Vabadussoja_Ajaloo_Komitee, lk 50
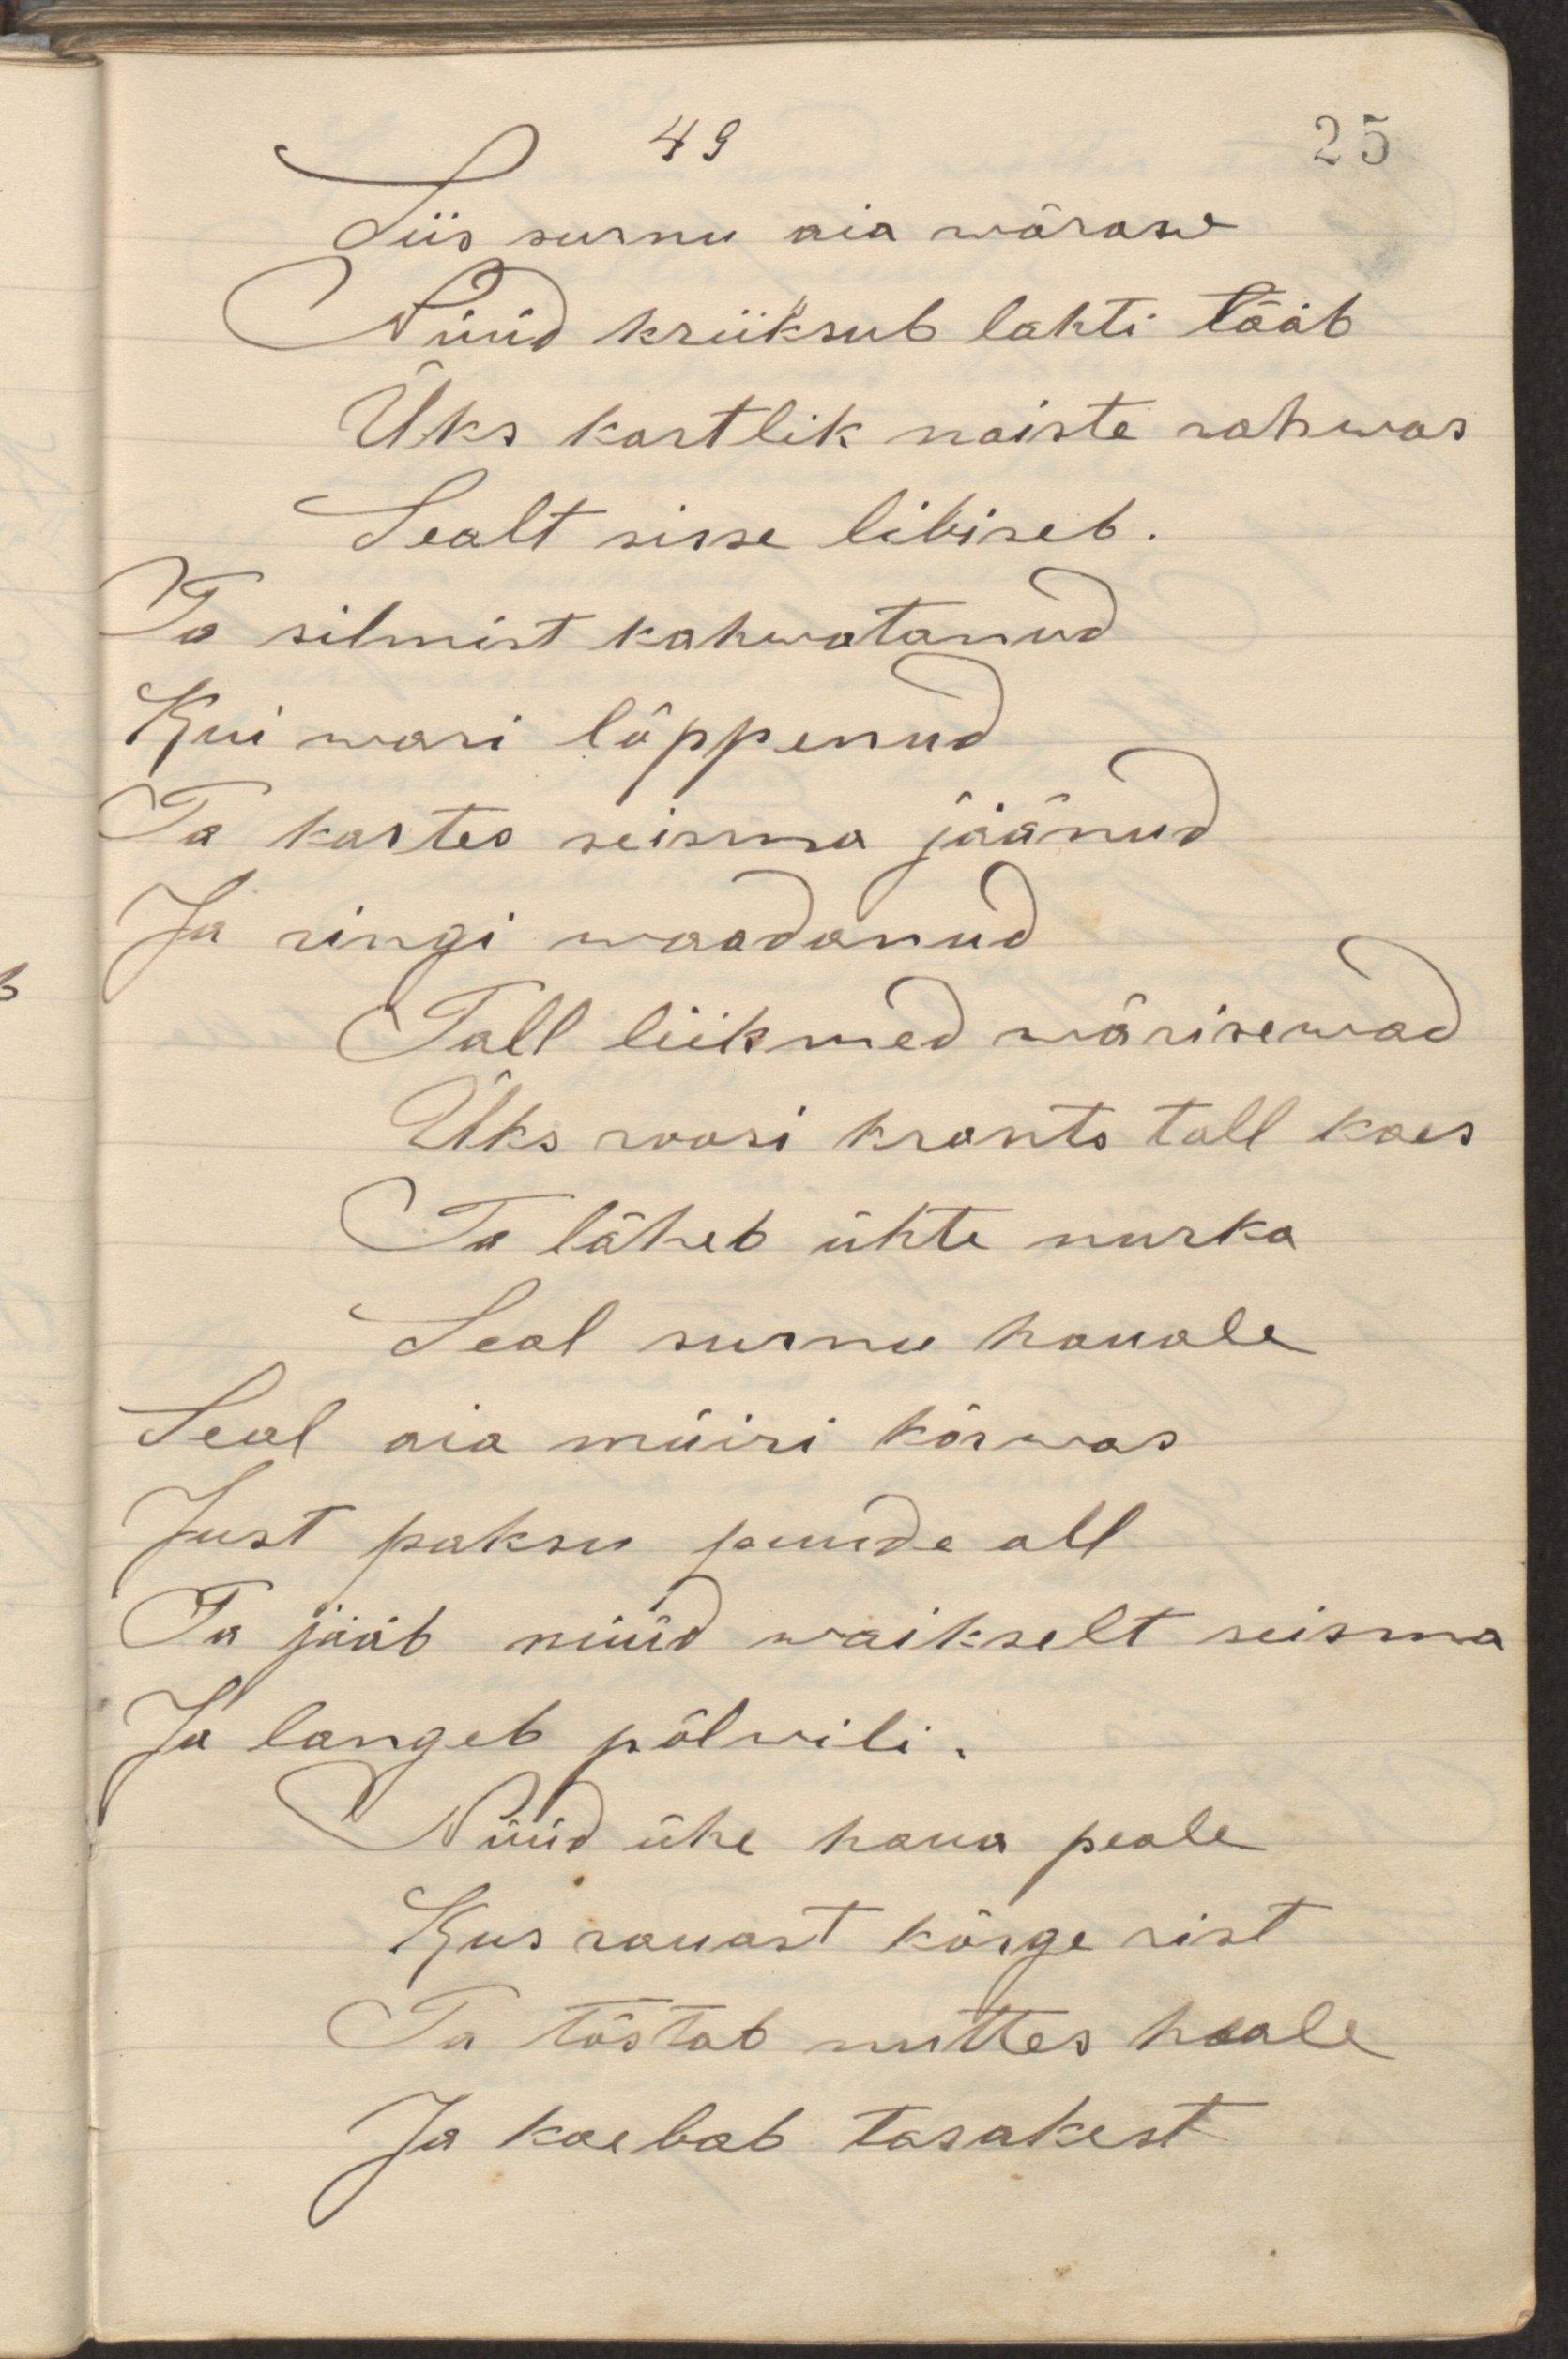
Siis surnu aia wäraw
Nüüd kriiksub lahti lääb
Üks kartlik naiste rahwas
Sealt sisse libiseb.
Ta silmist kahwatanud
Kui wari lõppenud
Ta kartes seisma jäänud
Ja ringi waadanud
Tall liikmed wärisewad
Üks roosi krants tall käes
Ta läheb ühte nurka
Seal surnu hauale
Seal aia müüri kõrwas
Just paksu puude all
Ta jääb nüüd waikselt seisma
Ja langeb põlvili.
Nüüd ühe haua peale
Kus rauast kõrge rist
Ta tõstab nuttes heale
Ja kaebab tasakest